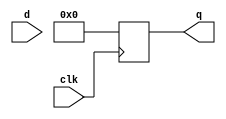
module latch24_test( d, clk,q );
	
	

input wire [23:0] d;
input wire clk;
output wire [23:0] q;
reg [23:0] q_reg;
always@(posedge clk)
begin
q_reg<=0;
end
assign q=q_reg;
endmodule